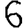
Digit: 6